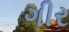
ગીર